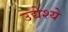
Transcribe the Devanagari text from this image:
उद्येश्ये